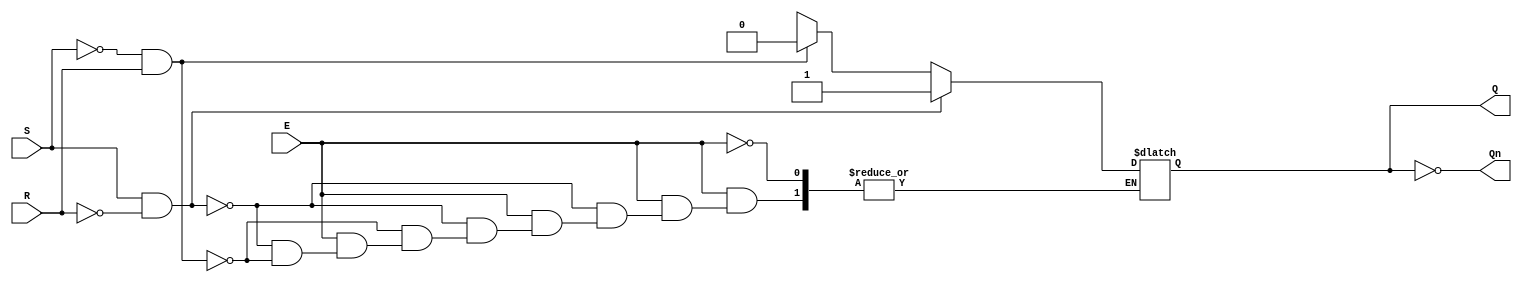
module gated_sr_latch (
    input wire S,      // Set input
    input wire R,      // Reset input
    input wire E,      // Enable input
    output reg Q,      // Output Q
    output wire Qn     // Complementary output Q'
);

    // Complementary output
    assign Qn = ~Q;

    always @(*) begin
        if (E) begin
            if (S && !R) begin
                Q = 1;  // Set Q to 1
            end else if (!S && R) begin
                Q = 0;  // Reset Q to 0
            end else if (S && R) begin
                // Invalid state: typically ignored or can be handled as needed
                // You can choose to retain the previous state or set to a defined state
                // For this example, we will do nothing (retain previous state)
                Q = Q;  // Maintain current state
            end
            // If S = 0 and R = 0, retain current state (do nothing)
        end
        // If E = 0, retain current state (Q will not change)
    end

endmodule